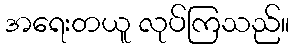
အရေးတယူ လုပ်ကြသည်။